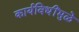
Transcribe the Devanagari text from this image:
कार्यविधींमुळे